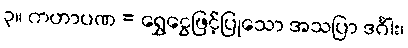
၃။ ကဟာပဏ = ရွှေငွေဖြင့်ပြုသော အသပြာ ဒင်္ဂါး၊